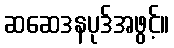
ဆဆေဒနပုဒ်အဖွင့်။